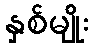
နှစ်မျိုး